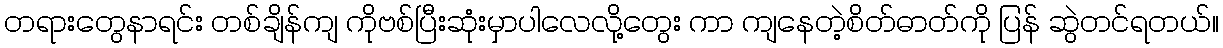
တရားတွေနာရင်း တစ်ချိန်ကျ ကိုဗစ်ပြီးဆုံးမှာပါလေလို့တွေး ကာ ကျနေတဲ့စိတ်ဓာတ်ကို ပြန် ဆွဲတင်ရတယ်။